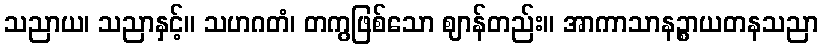
သညာယ၊ သညာနှင့်။ သဟဂတံ၊ တကွဖြစ်သော ဈာန်တည်း။ အာကာသာနဉ္စာယတနသညာ